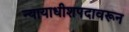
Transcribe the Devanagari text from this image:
न्यायाधीशपदावरून